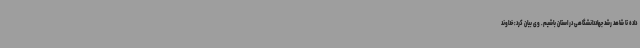
داده تا شاهد رشد جهاددانشگاهی در استان باشیم. وی بیان کرد: خداوند